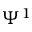
\Psi ^ { 1 }